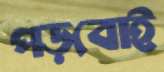
পড়বোই